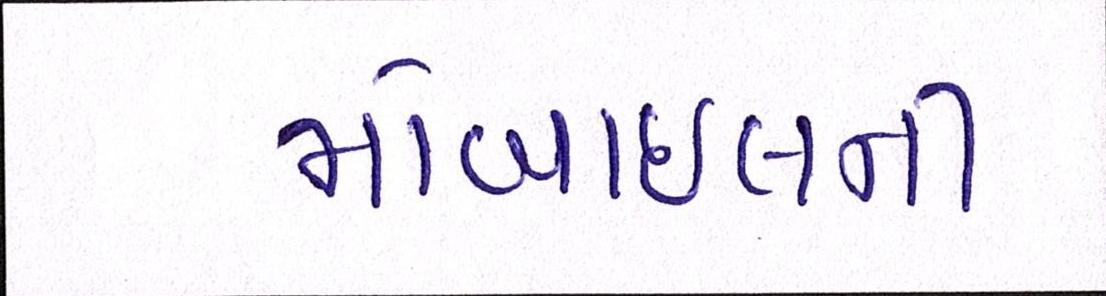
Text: મોબાઇલની